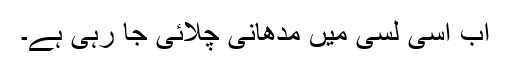
اب اسی لسّی میں مدھانی چلائی جا رہی ہے۔